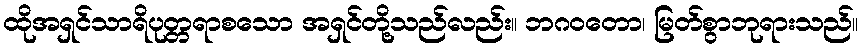
ထိုအရှင်သာရိပုတ္တရာစသော အရှင်တို့သည်လည်း။ ဘဂဝတော၊ မြတ်စွာဘုရားသည်။